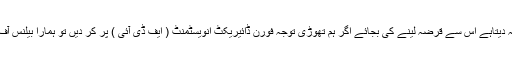
آئی ایم ایف جو کہ بیلنس آف پیمنٹ کرائسس کے بدلے قرضہ دیتاہے اس سے قرضہ لینے کی بجائے اگر ہم تھوڑی توجہ فورن ڈائیریکٹ انویسٹمنٹ ( ایف ڈی آئی ) پر کر دیں تو ہمارا بیلنس آف پے منٹ میں خسارے کا مسئلہ آسانی سے حل ہو سکتاہے ۔